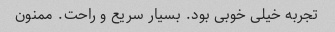
تجربه خیلی خوبی بود. بسیار سریع و راحت. ممنون